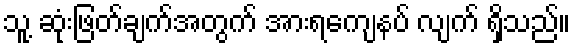
သူ့ ဆုံးဖြတ်ချက်အတွက် အားရကျေနပ် လျက် ရှိသည်။